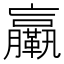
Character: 𦣄